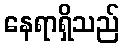
နေရာရှိသည်